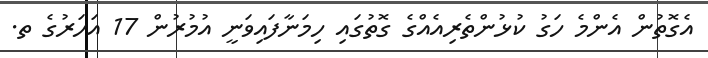
އެގޮތުން އެންމެ ހަގު ކުޅުންތެރިއެއްގެ ގޮތުގައި ހިމަނާފައިވަނީ އުމުރުން 17 އަހަރުގެ ތ.